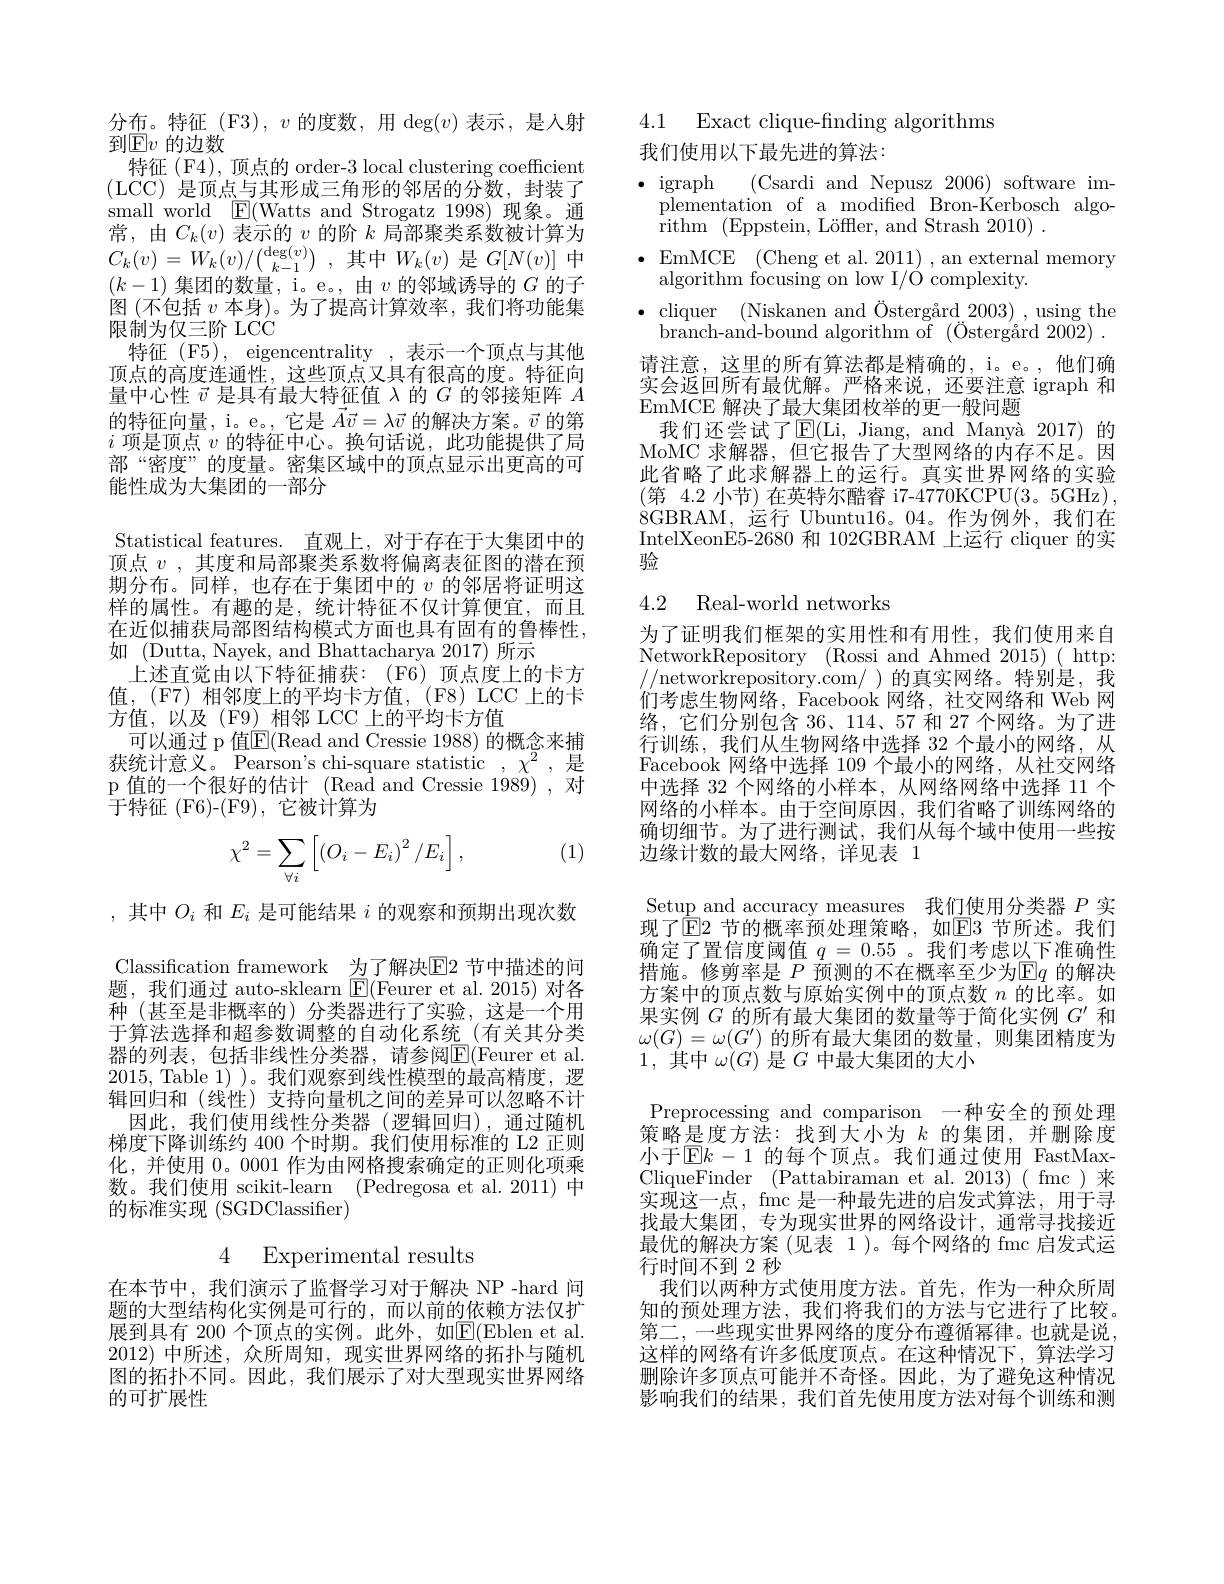
$\begin{array}{l}\text{分布。特征(F3),}v&\text{的度数，用}\deg(v)\text{表示，是入射}\\\text{到E}v&\text{的边数}\end{array}$
特征 (F4), 顶点的 order-3 local clustering coefficient (LCC)是顶点与其形成三角形的邻居的分数，封装了small world $\underline {\mathrm{E} }($Watts and Strogatz 1998) 现象。通常 , 由 $C_{k}( v)$ 表 示 的 $v$ 的 阶 $k$ 局 部 聚 类 系 数 被 计 算 为 $C_{k}( v) = W_{k}( v) / \binom {\deg ( v) }{k- 1}$ , 其 中 $W_{k}( v)$ 是 $G[ N( v) ]$ 中 $( L_{k}- 1)$ 年 田 的 迷 且$(k-1)$集团的数量，i。e。, 由$v$的邻域诱导的$G$的子图 (不包括$v$本身)。为了提高计算效率，我们将功能集限制为仅三阶 LCC
特征 (F5), eigencentrality ,表示一个顶点与其他顶点的高度连通性，这些顶点又具有很高的度。特征向量中心性$\vec{v}$是具有最大特征值$\lambda$的$G$的邻接矩阵$A$ 的特征向量，i。e。, 它是$\vec{A}\vec{v}=\lambda\vec{v}$的解决方案。$\vec{v}$的第$i$项是顶点$v$的特征中心。换句话说，此功能提供了局部“密度”的度量。密集区域中的顶点显示出更高的可能性成为大集团的一部分
Statistical features. 百观上，对干存在干大集团中的顶点$v$,其度和局部聚类系数将偏离表征图的潜在预期分布。同样，也存在于集团中的$v$的邻居将证明这样的属性。有趣的是，统计特征不仅计算便宜，而且在近似捕获局部图结构模式方面也具有固有的鲁棒性， 如 (Dutta, Nayek, and Bhattacharya 2017)所示
上述直觉由以下特征捕获：(F6)顶点度上的卡方值，(F7) 相邻度上的平均卡方值，(F8) LCC 上的卡方值，以及(F9)相邻 LCC 上的平均卡方值
可以通过 p 值$\mathbb{E}($Read and Cressie 1988) 的概念来捕获统计意义。Pearson's chi-square statistic $,\chi^2$,是p 值的一个很好的估计 (Read and Cressie 1989) ,对${\overline{\text{于特征(F6)-(F9),它被计算为}}}$
(1)
$$\chi^2=\sum_{\forall i}\left[\left(O_i-E_i\right)^2/E_i\right],$$
,其中$O_i$和$E_i$是可能结果$i$的观察和预期出现次数Classification framework 为了解决[E]2 节中描述的问题，我们通过 auto-sklearn $\operatorname{E}($Feurer et al.2015) 对各种 (甚至是非概率的)分类器进行了实验，这是一个用于算法选择和超参数调整的自动化系统 (有关其分类器的列表，包括非线性分类器，请参阅$\overline{\mathbb{F}}($Feurer et al 2015, Table 1) )。我们观察到线性模型的最高精度，逻辑回归和 (线性)支持向量机之间的差异可以忽略不计
因此，我们使用线性分类器(逻辑回归),通过随机梯度下降训练约 400 个时期。我们使用标准的 L2 正则化，并使用0。0001 作为由网格搜索确定的正则化项乘数。我们使用 scikit-learn (Pedregosa et al.2011)中的标准实现 (SGDClassifier)

4 Experimental results

在本节中，我们演示了监督学习对于解决 NP -hard 问题的大型结构化实例是可行的，而以前的依赖方法仅扩展到具有 200 个顶点的实例。此外，如$\mathbb{E}($Eblen et al. 2012)中所述，众所周知，现实世界网络的拓扑与随机图的拓扑不同。因此，我们展示了对大型现实世界网络的可扩展性

4.1 Exact clique-fnding algorithms

我们使用以下最先进的算法：

$\bullet$ igraph (Csardi and Nepusz 2006) software im-
plementation of a modified Bron-Kerbosch algo-
rithm (Eppstein, Löffler, and Strash 2010) .
$\bullet$EmMCE (Cheng et al. 2011),anexternal memory
algorithm focusing on low I/Ó complexity.
$\bullet$ cliquer (Niskanen and Östergård 2003),using the
$\bar{\text{branch- and- bound algorithm of}}$ $( \ddot{\text{Osterg\r{a} rd 2002) }}$ . 请注意，这里的所有算法都是精确的，i。e。,他们确实会返回所有最优解。严格来说，还要注意 igraph 和EmMCE 解决了最大集团枚举的更一般问题
我们还尝试了$\operatorname{E}($Li, Jiang, and Manyà 2017)的MoMC 求解器，但它报告了大型网络的内存不足。因此省略了此求解器上的运行。真实世界网络的实验(第 4.2 小节) 在英特尔酷睿 i7-4770KCPU(3。5GHz), 8GBRAM,运行 Ubuntu16。04。作为例外，我们在IntelXeonE5-2680 和 102GBRAM 上运行 cliquer 的实验

### 4.2 Real-world networks

为了证明我们框架的实用性和有用性，我们使用来自NetworkRepository (Rossi and Ahmed 2015)( http: //networkrepository.com/ )的真实网络。特别是，我们考虑生物网络，Facebook 网络，社交网络和 Web 网络，它们分别包含 36、114、57 和 27 个网络。为了进行训练，我们从生物网络中选择 32 个最小的网络，从Facebook 网络中选择 109 个最小的网络，从社交网络中选择 32 个网络的小样本，从网络网络中选择 11 个网络的小样本。由于空间原因，我们省略了训练网络的确切细节。为了进行测试，我们从每个域中使用一些按边缘计数的最大网络，详见表 1
Setup and accuracy measures 我们使用分类器$P$实现了$\operatorname{E}$2 节的概率预处理策略，如$\operatorname{E}$3 节所述。我们确定了置信度阈值$q=0.55$ 。我们考虑以下准确性措施。修剪率是$P$预测的不在概率至少为$\mathbb{E}q$的解决方案中的顶点数与原始实例中的顶点数$n$的比率。如果实例$G$的所有最大集团的数量等于简化实例$G^\prime$和$\omega(G)=\omega(G^{\prime})$的所有最大集团的数量，则集团精度为1,其中$\omega(G)$是$G$中最大集团的大小
Preprocessing and comparison 一种安全的预处理策略是度方法：找到大小为$k$的集团，并删除度小于$\overline{\mathrm{E}}k-1$ 的每个顶点。我们通过使用 FastMaxCliqueFinder (Pattabiraman et al.2013)( fmc)来实现这一点，fmc 是一种最先进的启发式算法，用于寻找最大集团，专为现实世界的网络设计，通常寻找接近最优的解决方案 (见表 1)。每个网络的 fmc 启发式运行时间不到 2 秒
我们以两种方式使用度方法。首先，作为一种众所周知的预处理方法，我们将我们的方法与它进行了比较。第二，一些现实世界网络的度分布遵循幂律。也就是说， 这样的网络有许多低度顶点。在这种情况下，算法学习删除许多顶点可能并不奇怪。因此，为了避免这种情况影响我们的结果，我们首先使用度方法对每个训练和测